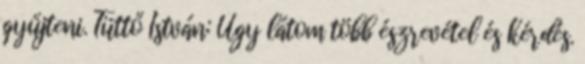
gyűjteni. Tüttő István: Úgy látom több észrevétel és kérdés.